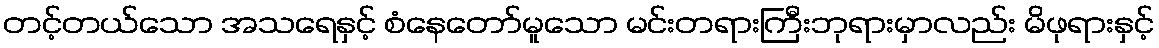
တင့်တယ်သော အသရေနှင့် စံနေတော်မူသော မင်းတရားကြီးဘုရားမှာလည်း မိဖုရားနှင့်